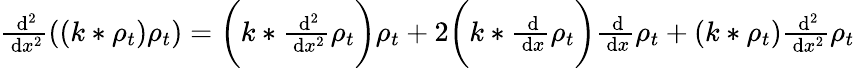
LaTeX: \begin{array}{r}{\frac{\, \mathrm{d}^{2}}{\, \mathrm{d}x^{2}}((k*\rho_{t})\rho_{t})=\bigg(k*\frac{\, \mathrm{d}^{2}}{\, \mathrm{d}x^{2}}\rho_{t}\bigg)\rho_{t}+2\bigg(k*\frac{\, \mathrm{d}}{\, \mathrm{d}x}\rho_{t}\bigg)\frac{\, \mathrm{d}}{\, \mathrm{d}x}\rho_{t}+(k*\rho_{t})\frac{\, \mathrm{d}^{2}}{\, \mathrm{d}x^{2}}\rho_{t}}\end{array}